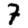
Digit: 7